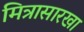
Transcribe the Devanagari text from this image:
मित्रासारखा